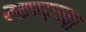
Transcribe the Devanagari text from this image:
स्टम्पच्या